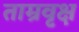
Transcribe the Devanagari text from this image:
ताम्रवृक्ष